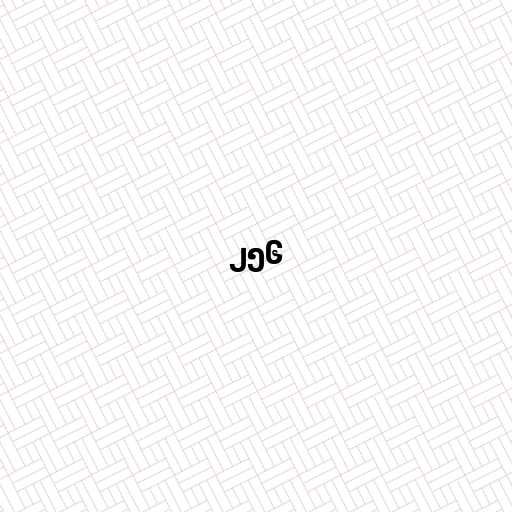
၂၅၆